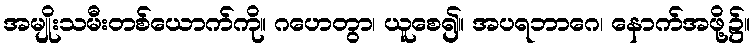
အမျိုးသမီးတစ်ယောက်ကို။ ဂဟေတွာ၊ ယူစေ၍။ အပရဘာဂေ၊ နောက်အဖို့၌။